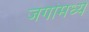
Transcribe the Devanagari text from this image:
जगांमध्ये